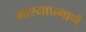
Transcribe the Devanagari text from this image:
माश्याप्रमाणे